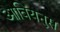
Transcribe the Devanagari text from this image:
आवियनुस